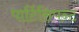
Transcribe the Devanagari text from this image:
पार्टिसिपन्ट